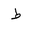
Letter: _da